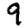
Digit: 9